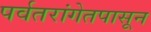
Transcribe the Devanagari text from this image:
पर्वतरांगेतपासून